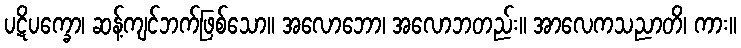
ပဋိပက္ခော၊ ဆန့်ကျင်ဘက်ဖြစ်သော။ အလောဘော၊ အလောဘတည်း။ အာလေကသညာတိ၊ ကား။